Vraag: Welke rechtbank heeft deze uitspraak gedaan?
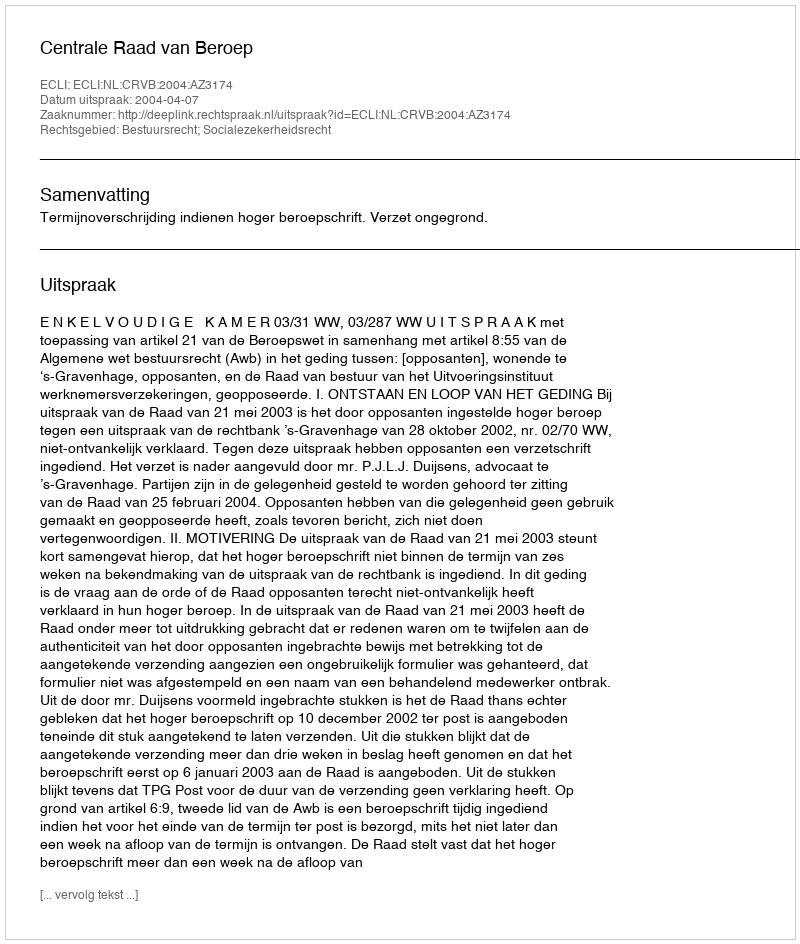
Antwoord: Centrale Raad van Beroep